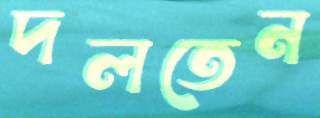
দলতেন